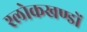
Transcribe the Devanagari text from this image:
श्लोकखण्डों